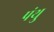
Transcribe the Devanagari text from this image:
पंथु